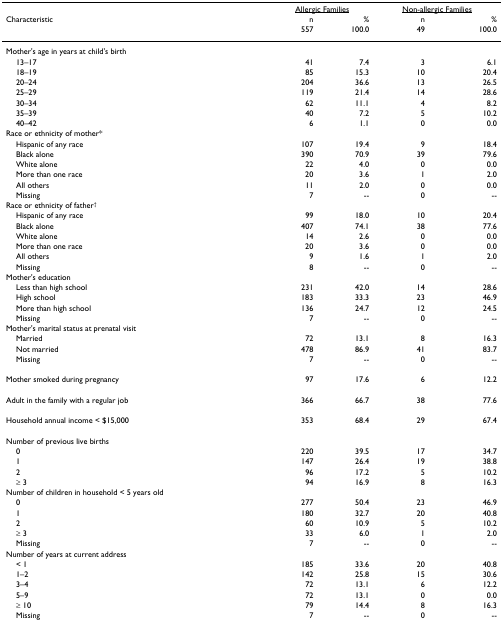
<table><thead><tr><td></td><td colspan="2"><b><underline>Allergic Families</underline></b></td><td colspan="2"><b><underline>Non-allergic Families</underline></b></td></tr><tr><td><b>Characteristic</b></td><td><b>n</b></td><td><b>%</b></td><td><b>n</b></td><td><b>%</b></td></tr><tr><td></td><td><b>557</b></td><td><b>100.0</b></td><td><b>49</b></td><td><b>100.0</b></td></tr></thead><tbody><tr><td>Mother&#x27;s age in years at child&#x27;s birth</td><td></td><td></td><td></td><td></td></tr><tr><td> 13–17</td><td>41</td><td>7.4</td><td>3</td><td>6.1</td></tr><tr><td> 18–19</td><td>85</td><td>15.3</td><td>10</td><td>20.4</td></tr><tr><td> 20–24</td><td>204</td><td>36.6</td><td>13</td><td>26.5</td></tr><tr><td> 25–29</td><td>119</td><td>21.4</td><td>14</td><td>28.6</td></tr><tr><td> 30–34</td><td>62</td><td>11.1</td><td>4</td><td>8.2</td></tr><tr><td> 35–39</td><td>40</td><td>7.2</td><td>5</td><td>10.2</td></tr><tr><td> 40–42</td><td>6</td><td>1.1</td><td>0</td><td>0.0</td></tr><tr><td>Race or ethnicity of mother*</td><td></td><td></td><td></td><td></td></tr><tr><td> Hispanic of any race</td><td>107</td><td>19.4</td><td>9</td><td>18.4</td></tr><tr><td> Black alone</td><td>390</td><td>70.9</td><td>39</td><td>79.6</td></tr><tr><td> White alone</td><td>22</td><td>4.0</td><td>0</td><td>0.0</td></tr><tr><td> More than one race</td><td>20</td><td>3.6</td><td>1</td><td>2.0</td></tr><tr><td> All others</td><td>11</td><td>2.0</td><td>0</td><td>0.0</td></tr><tr><td> Missing</td><td>7</td><td>--</td><td>0</td><td>--</td></tr><tr><td>Race or ethnicity of father<sup>†</sup></td><td></td><td></td><td></td><td></td></tr><tr><td> Hispanic of any race</td><td>99</td><td>18.0</td><td>10</td><td>20.4</td></tr><tr><td> Black alone</td><td>407</td><td>74.1</td><td>38</td><td>77.6</td></tr><tr><td> White alone</td><td>14</td><td>2.6</td><td>0</td><td>0.0</td></tr><tr><td> More than one race</td><td>20</td><td>3.6</td><td>0</td><td>0.0</td></tr><tr><td> All others</td><td>9</td><td>1.6</td><td>1</td><td>2.0</td></tr><tr><td> Missing</td><td>8</td><td>--</td><td>0</td><td>--</td></tr><tr><td>Mother&#x27;s education</td><td></td><td></td><td></td><td></td></tr><tr><td> Less than high school</td><td>231</td><td>42.0</td><td>14</td><td>28.6</td></tr><tr><td> High school</td><td>183</td><td>33.3</td><td>23</td><td>46.9</td></tr><tr><td> More than high school</td><td>136</td><td>24.7</td><td>12</td><td>24.5</td></tr><tr><td> Missing</td><td>7</td><td>--</td><td>0</td><td>--</td></tr><tr><td>Mother&#x27;s marital status at prenatal visit</td><td></td><td></td><td></td><td></td></tr><tr><td> Married</td><td>72</td><td>13.1</td><td>8</td><td>16.3</td></tr><tr><td> Not married</td><td>478</td><td>86.9</td><td>41</td><td>83.7</td></tr><tr><td> Missing</td><td>7</td><td>--</td><td>0</td><td>--</td></tr><tr><td>Mother smoked during pregnancy</td><td>97</td><td>17.6</td><td>6</td><td>12.2</td></tr><tr><td>Adult in the family with a regular job</td><td>366</td><td>66.7</td><td>38</td><td>77.6</td></tr><tr><td>Household annual income &lt; $15,000</td><td>353</td><td>68.4</td><td>29</td><td>67.4</td></tr><tr><td>Number of previous live births</td><td></td><td></td><td></td><td></td></tr><tr><td> 0</td><td>220</td><td>39.5</td><td>17</td><td>34.7</td></tr><tr><td> 1</td><td>147</td><td>26.4</td><td>19</td><td>38.8</td></tr><tr><td> 2</td><td>96</td><td>17.2</td><td>5</td><td>10.2</td></tr><tr><td> ≥ 3</td><td>94</td><td>16.9</td><td>8</td><td>16.3</td></tr><tr><td>Number of children in household &lt; 5 years old</td><td></td><td></td><td></td><td></td></tr><tr><td> 0</td><td>277</td><td>50.4</td><td>23</td><td>46.9</td></tr><tr><td> 1</td><td>180</td><td>32.7</td><td>20</td><td>40.8</td></tr><tr><td> 2</td><td>60</td><td>10.9</td><td>5</td><td>10.2</td></tr><tr><td> ≥ 3</td><td>33</td><td>6.0</td><td>1</td><td>2.0</td></tr><tr><td> Missing</td><td>7</td><td>--</td><td>0</td><td>--</td></tr><tr><td>Number of years at current address</td><td></td><td></td><td></td><td></td></tr><tr><td> &lt; 1</td><td>185</td><td>33.6</td><td>20</td><td>40.8</td></tr><tr><td> 1–2</td><td>142</td><td>25.8</td><td>15</td><td>30.6</td></tr><tr><td> 3–4</td><td>72</td><td>13.1</td><td>6</td><td>12.2</td></tr><tr><td> 5–9</td><td>72</td><td>13.1</td><td>0</td><td>0.0</td></tr><tr><td> ≥ 10</td><td>79</td><td>14.4</td><td>8</td><td>16.3</td></tr><tr><td> Missing</td><td>7</td><td>--</td><td>0</td><td>--</td></tr></tbody></table>